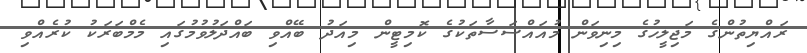
ރައްޔިތުންގެ މަޖިލީހުގެ މިނިވަން މުއައްސަސާތަކުގެ ކޮމިޓީން މިއަދު ބޭއްވި ބައްދަލުވުމުގައި މެމްބަރަކު ކުރެއްވި